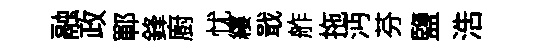
融政鄆鋒廚忧縷戢舴拖沔芬鹽浩